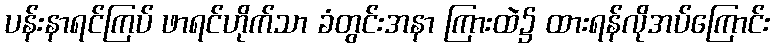
ပန်းနာရင်ကြပ် ဖာရင်ဟိုက်သာ ခံတွင်းအနာ ကြားထဲ၌ ထားရန်လိုအပ်ကြောင်း